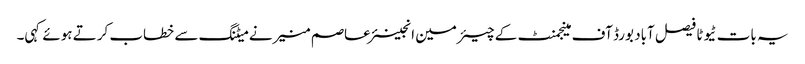
یہ بات ٹیوٹا فیصل آباد بورڈ آف مینجمنٹ کے چیئرمین انجینئر عاصم منیر نے میٹنگ سے خطاب کرتے ہوئے کہی۔